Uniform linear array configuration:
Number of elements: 32
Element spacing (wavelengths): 0.75
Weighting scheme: hann
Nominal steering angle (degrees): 15
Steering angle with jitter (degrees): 13.074
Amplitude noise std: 0.05
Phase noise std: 0.05

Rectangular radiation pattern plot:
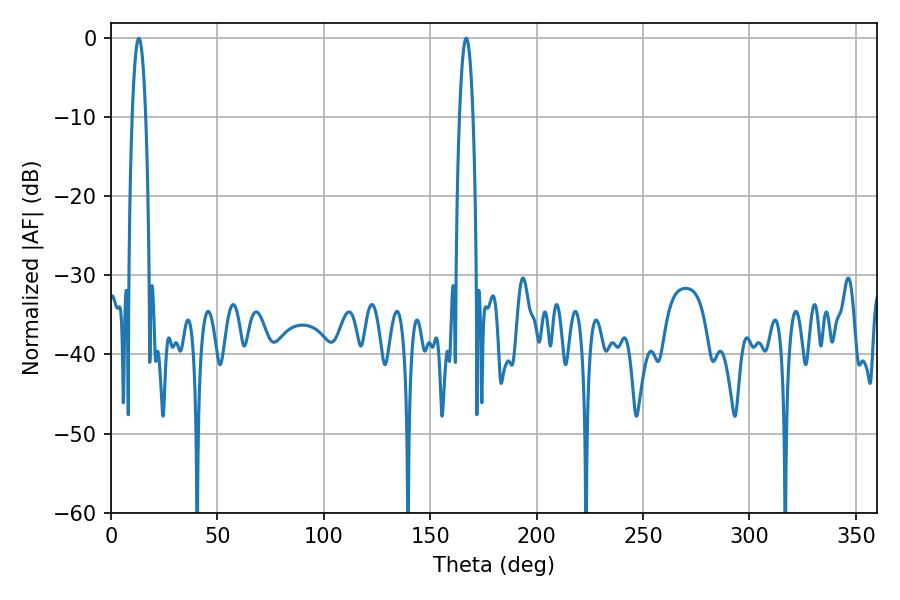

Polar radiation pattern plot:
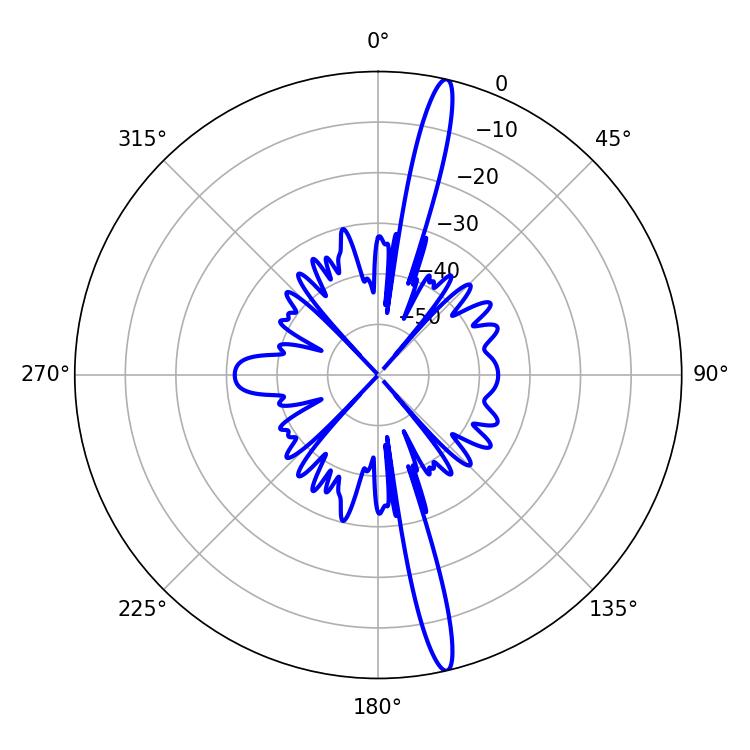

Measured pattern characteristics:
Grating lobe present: TRUE
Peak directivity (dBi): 18.224
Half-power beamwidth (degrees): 3.42
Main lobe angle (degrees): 13.14